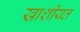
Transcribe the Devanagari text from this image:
खाशीयत